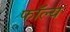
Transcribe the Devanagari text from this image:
फॉल्य